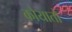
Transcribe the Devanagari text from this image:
कोयातो